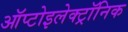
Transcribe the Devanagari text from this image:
ऑप्टोइलेक्ट्रॉनिक